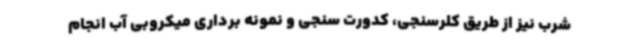
شرب نیز از طریق کلرسنجی، کدورت سنجی و نمونه برداری میکروبی آب انجام